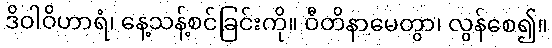
ဒိဝါဝိဟာရံ၊ နေ့သန့်စင်ခြင်းကို။ ဝီတိနာမေတွာ၊ လွန်စေ၍။